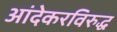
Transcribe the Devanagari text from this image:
आंदेकरविरुद्ध